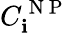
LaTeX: C_{\mathbf{i}}^{\mathrm{{~N~P~}}}